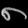
Digit: ၈